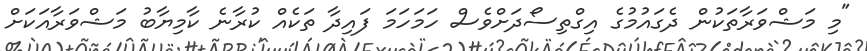
"މި މަޝްވަރާތަކުން ދެގައުމުގެ އިގްތިސޯދަށްވެސް ހަމަހަމަ ފައިދާ ތަކެއް ކުރާނެ ކާމިޔާބު މަޝްވަރާއަކަށް